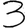
Digit: 3